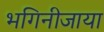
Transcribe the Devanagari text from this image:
भगिनीजाया